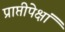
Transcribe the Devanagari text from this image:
प्राप्तीपेक्षां